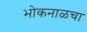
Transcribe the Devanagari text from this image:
भोकनाळचा